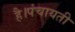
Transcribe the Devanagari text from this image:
है।पंचायती